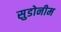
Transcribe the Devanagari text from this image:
सुडोनीम